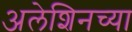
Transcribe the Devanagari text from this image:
अलेशिनच्या